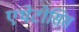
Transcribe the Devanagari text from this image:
एथेटोसिस